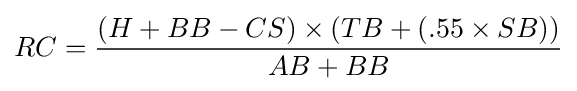
RC={\frac {(H+BB-CS)\times (TB+(.55\times SB))}{AB+BB}}